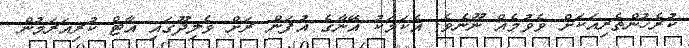
ކުރެހުންތެރިއަކަށް ވެވުމެއް ނޫނެވެ. އެކަމަކު އޭނާގެ އުފަން ރަށް ވެލިދޫގައި އާޓް ކުރިއަރަމުން